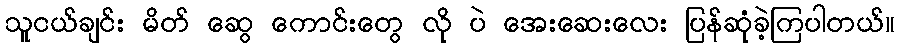
သူငယ်ချင်း မိတ် ဆွေ ကောင်းတွေ လို ပဲ အေးဆေးလေး ပြန်ဆုံခဲ့ကြပါတယ်။